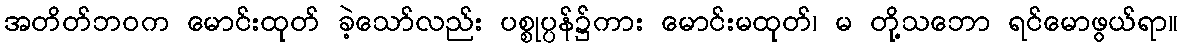
အတိတ်ဘဝက မောင်းထုတ် ခဲ့သော်လည်း ပစ္စုပ္ပန်၌ကား မောင်းမထုတ်၊ မ တို့သဘော ရင်မောဖွယ်ရာ။